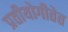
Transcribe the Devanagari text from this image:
प्रतीयोगीतेत